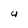
Character: y